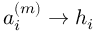
a _ { i } ^ { ( m ) } \rightarrow h _ { i }